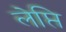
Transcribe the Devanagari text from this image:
लेप्ति